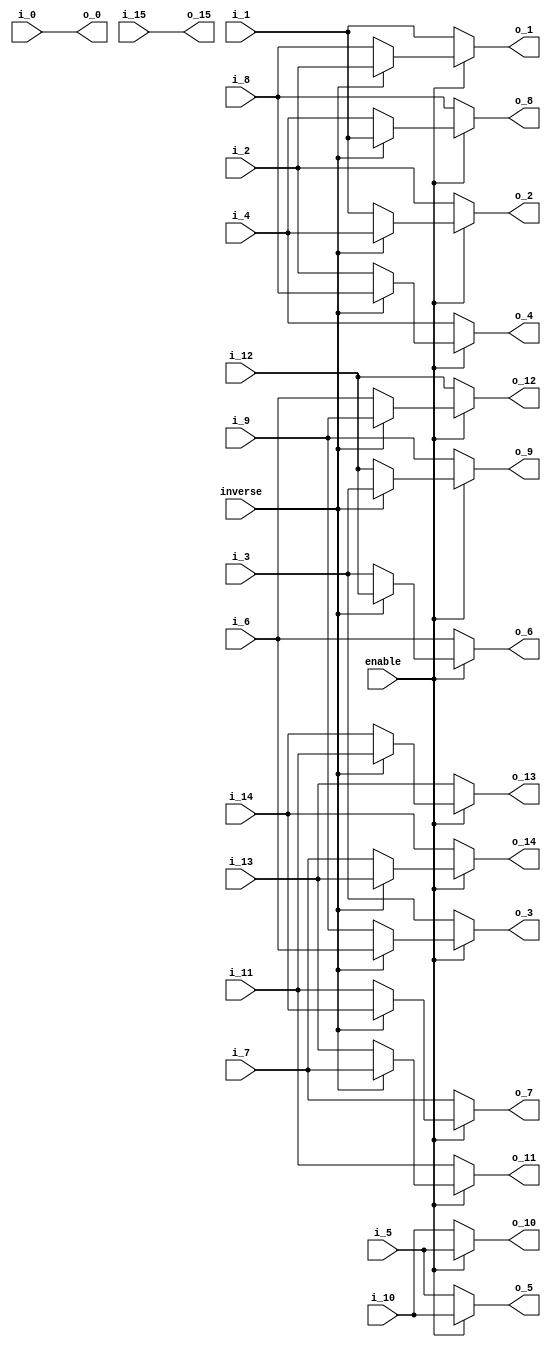
module premuat3_16(
               enable,
		       inverse,
               i_0,
               i_1,
               i_2,
               i_3,
               i_4,
               i_5,
               i_6,
               i_7,
               i_8,
               i_9,
               i_10,
               i_11,
               i_12,
               i_13,
               i_14,
               i_15,
               
               o_0,
               o_1,
               o_2,
               o_3,
               o_4,
               o_5,
               o_6,
               o_7,
               o_8,
               o_9,
               o_10,
               o_11,
               o_12,
               o_13,
               o_14,
               o_15
               
);

// ********************************************
//                                             
//    INPUT / OUTPUT DECLARATION                                               
//                                                                             
// ********************************************
input                enable;
input               inverse;
input  signed  [27:0]   i_0;
input  signed  [27:0]   i_1;
input  signed  [27:0]   i_2;
input  signed  [27:0]   i_3;
input  signed  [27:0]   i_4;
input  signed  [27:0]   i_5;
input  signed  [27:0]   i_6;
input  signed  [27:0]   i_7;
input  signed  [27:0]   i_8;
input  signed  [27:0]   i_9;
input  signed  [27:0]   i_10;
input  signed  [27:0]   i_11;
input  signed  [27:0]   i_12;
input  signed  [27:0]   i_13;
input  signed  [27:0]   i_14;
input  signed  [27:0]   i_15;


output  signed [27:0]   o_0;
output  signed [27:0]   o_1;
output  signed [27:0]   o_2;
output  signed [27:0]   o_3;
output  signed [27:0]   o_4;
output  signed [27:0]   o_5;
output  signed [27:0]   o_6;
output  signed [27:0]   o_7;
output  signed [27:0]   o_8;
output  signed [27:0]   o_9;
output  signed [27:0]   o_10;
output  signed [27:0]   o_11;
output  signed [27:0]   o_12;
output  signed [27:0]   o_13;
output  signed [27:0]   o_14;
output  signed [27:0]   o_15;

// ********************************************
//                                             
//    REG DECLARATION                                               
//                                                                             
// ********************************************

reg      signed [27:0]   o1;
reg      signed [27:0]   o2;
reg      signed [27:0]   o3;
reg      signed [27:0]   o4;
reg      signed [27:0]   o5;
reg      signed [27:0]   o6;
reg      signed [27:0]   o7;
reg      signed [27:0]   o8;
reg      signed [27:0]   o9;
reg      signed [27:0]   o10;
reg      signed [27:0]   o11;
reg      signed [27:0]   o12;
reg      signed [27:0]   o13;
reg      signed [27:0]   o14;

// ********************************************
//                                             
//    Combinational Logic                      
//                                             
// ********************************************

always@(*)
if(inverse)
  begin
     o1 =i_2;
     o2 =i_4;
     o3 =i_6;
     o4 =i_8;
     o5 =i_10;
     o6 =i_12;
     o7 =i_14;
     o8 =i_1;
     o9 =i_3;
     o10=i_5;
     o11=i_7;
     o12=i_9;
	   o13=i_11;
     o14=i_13;
   end
 else
   begin
     o1 =i_8;
     o2 =i_1;
     o3 =i_9;
     o4 =i_2;
     o5 =i_10;
     o6 =i_3;
	 o7 =i_11;
     o8 =i_4;
     o9 =i_12;
     o10=i_5;
     o11=i_13;
     o12=i_6;
	 o13=i_14;
     o14=i_7;
   end


assign  o_0=i_0;
assign  o_1=enable?o1:i_1;
assign  o_2=enable?o2:i_2;
assign  o_3=enable?o3:i_3;
assign  o_4=enable?o4:i_4;
assign  o_5=enable?o5:i_5;
assign  o_6=enable?o6:i_6;
assign  o_7=enable?o7:i_7;
assign  o_8=enable?o8:i_8;
assign  o_9=enable?o9:i_9;
assign  o_10=enable?o10:i_10;
assign  o_11=enable?o11:i_11;
assign  o_12=enable?o12:i_12;
assign  o_13=enable?o13:i_13;
assign  o_14=enable?o14:i_14;
assign  o_15=i_15;

endmodule